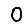
Digit: 0